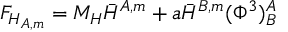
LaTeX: F _ { H _ { A , m } } = M _ { H } \bar { H } ^ { A , m } + a \bar { H } ^ { B , m } ( \Phi ^ { 3 } ) _ { B } ^ { A }